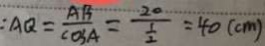
: A Q = \frac { A B } { \cos A } = \frac { 2 0 } { \frac { 1 } { 2 } } = 4 0 ( c m )